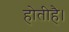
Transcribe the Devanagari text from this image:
होतीहै।